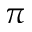
\pi